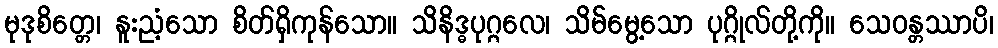
မုဒုစိတ္တေ၊ နူးညံ့သော စိတ်ရှိကုန်သော။ သိနိဒ္ဓပုဂ္ဂလေ၊ သိမ်မွေ့သော ပုဂ္ဂိုလ်တို့ကို။ သေဝန္တဿာပိ၊